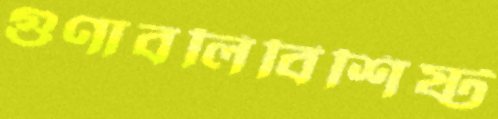
গুণাবলিবিশিষ্ট